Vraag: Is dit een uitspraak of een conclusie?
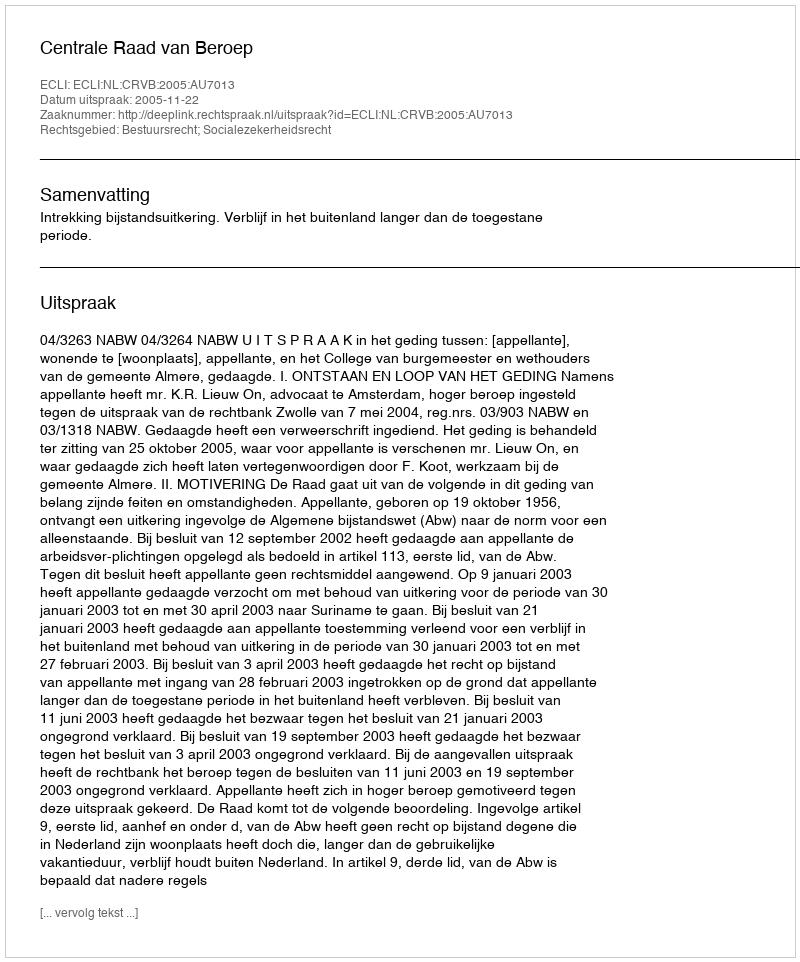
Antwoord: Uitspraak